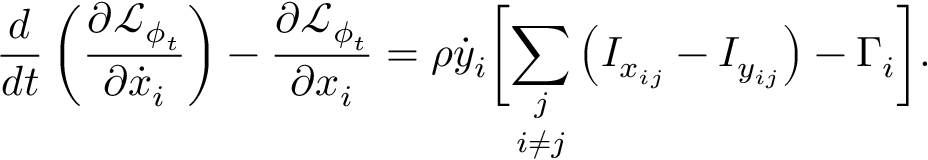
\frac { d } { d t } \left( \frac { \partial \mathcal { L } _ { \phi _ { t } } } { \partial \dot { x } _ { i } } \right) - \frac { \partial \mathcal { L } _ { \phi _ { t } } } { \partial x _ { i } } = \rho \dot { y } _ { i } \biggr [ \underset { i \neq j } { \sum _ { j } } \left( I _ { x _ { i j } } - I _ { y _ { i j } } \right) - \Gamma _ { i } \biggr ] .